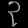
Digit: ၃